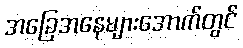
အခြေအနေများအောက်တွင်